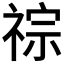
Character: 𥚎